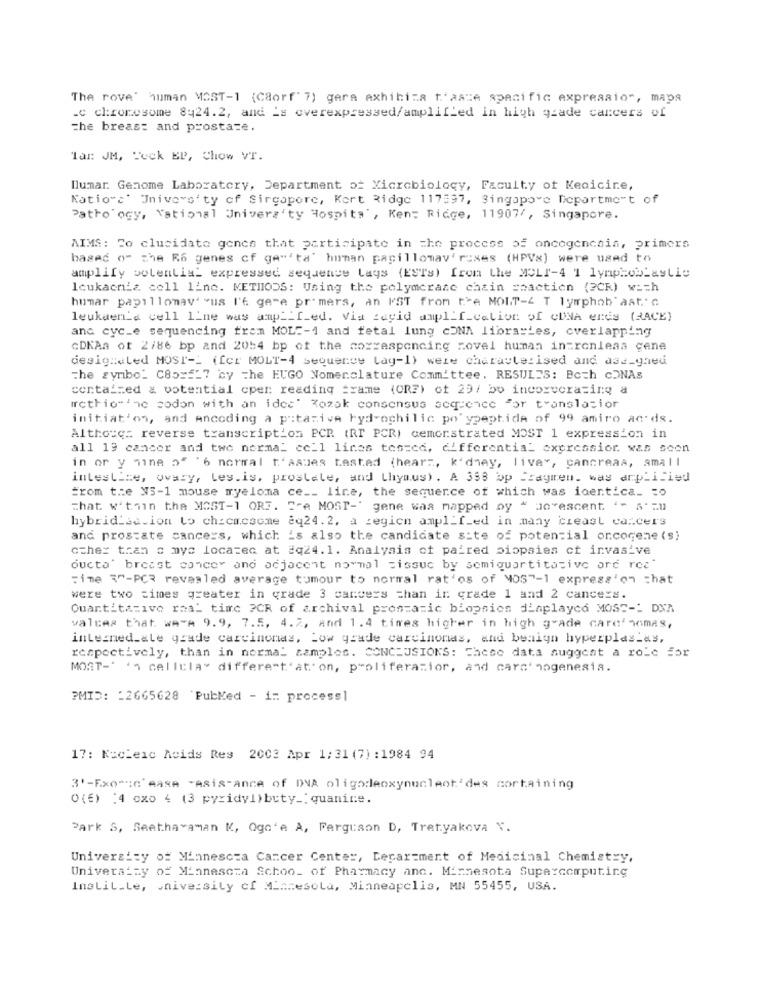
The rove' human MOST-1 (Caorf' 7) gera exhibits t'asze specific expression, maps
.c chromosome 8424.2, and is overexpressed/amplified in high grade cancers of
the breast and prostate.
lan: JM, Teck BP, Chow VT.
llumar. Genome Laboratory, Department of Microbiology, Faculty of Medicine,
Nations' University of Singapore, Kort Ridge 117597, Singapore Department of
Pathology, National University Hospita", Kent Ridge, 11907/, Singapore.
AIMS: Co clucidato gence that participate in the process of oncogencain, primers
based of che R6 genes cf ge"'ta" human papillomav' roses (HPVs) were used to
amplify potential expressed sequence Lays (ESTs) from the MOLI-4 1 lymphobLastic
loukaenia coll line. METHODS: Using the polymerase chain =oaction (?CK) w == h
homar papillomav' "us l'6 gere pr' mers, an I'ST from the MOIT-4 T lymphob"ast.'
leukuenta cell line was amp __ fed. Via cacid amplification of CINA ends (RACE)
anc cyc.e sequencing from MOLE-1 and fetal lung cONA libraries, overlapping
CDKAa ot 2/86 bp and 2054 bp of the corresponding novel human intronleas gene
designated MOST-L (fer MOLT-4 sequence Lag-1) were characterised and aad_ghed
The symbol C85 === 7 by the EUGO Nomenclature Committee, RESULTS: Both CONAs
contained a potential cper reading =rame (ORE) of 29/ bo incoreerasing a
arcthio-the codon with an idea' Kozak consensus sequence "or translacior
initiat'on, and Ancoding a pitaziva ryd-ochilic po' ypeptide of 99 amiro acids.
Altho:c: reverse transcription PCR (RT PCR) demonstrated MOST 1 expression in
all 19 cancer and twe normal cell lines tos=cd, differentia- expressior. was soon
in or y nine of '6 normal t'asues testad (hear :, k'dhey, live", cancreas, small
intestine, ovary, Les.is, prostate, and thymus). A 398 bp fragiren. was amplified
from the NS-1 mouse myeloma ce __ line, the sequence of which was identica_ to
That within the MOST-1 ORF. Fre MOST-' gene waa mapped oy " Je"escent "- s' =
hybrid se.ion to chicacsome 8q24.2, a region ampl_f_ed in many breast cancers
and prostate cancers, which is also the candidate site of potential oncogene (s)
other than o mys located at #q24.1. Analysis of paired biopsies ct invasive
oucto' breast cancer and adjacent normal tissue by semiquartitative are rec-
Time 3"-PCR revealed average tumour to normal rat'os of MOS"-1 express'on that
were two times greater in grade 3 cancers chan in crade 1 and 2 cancers.
Quantitative real time PCR of archival prostatic biopsies displayed MOST -! DNA
valces that we"A 9.9, 7.5, 4.7, and 1.4 times higher in high grade card' nomas,
interned_ale grade carcinomas, Low grade carcinomas, and beniyn hyperplas_as,
respectively, than in normal samples. CONCLUSIONS: These data suggest a role For
MOST-' ', cellela" different'at'on, proliferasior, and cars' nogenesia.
PMID: : 2665628 'PubMed - i :: processl
17: Nucleic Acids Res 2003 Apr 1:31 (7) : 1984 94
3'-Fxo";c'ease -ASis-Ance of DVA oligodeoxynucleotides cortaining
0 (6) :4 cxo 4 (3 pyridyl)buty _: quanine.
Park S, Seetha>aman K, Ogc'e A, Ferguson D, Tretyakova V.
University of Minnesota Cancer Center, Lerar=ment of Medicinal Chemistry,
University of Minnesota Schoo_ of Pharmacy anc. Minnesota Supercomputing
InaLil_Le, niversity of Minnesota, Minneapolis, MN 55455, USA.